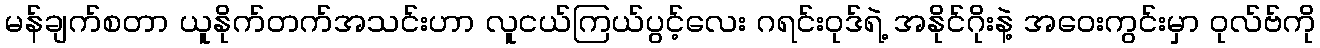
မန်ချက်စတာ ယူနိုက်တက်အသင်းဟာ လူငယ်ကြယ်ပွင့်လေး ဂရင်းဝုဒ်ရဲ့ အနိုင်ဂိုးနဲ့ အဝေးကွင်းမှာ ဝုလ်ဗ်ကို